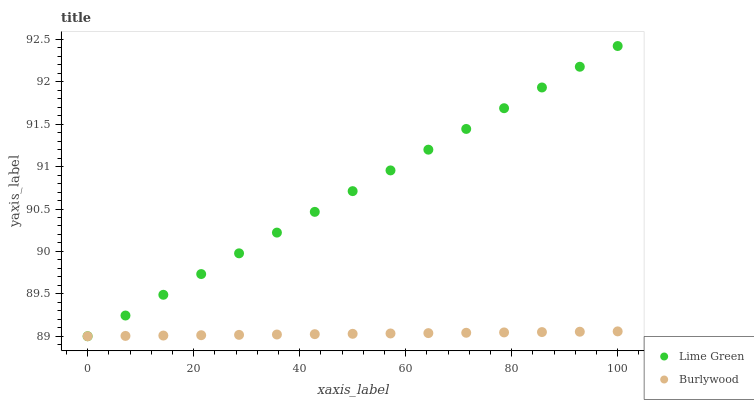
| xaxis_label | Lime Green | Burlywood |
 | --- | --- | --- |
 | 0 | 89 | 89 |
 | 7.14 | 89.2 | 89 |
 | 14.3 | 89.5 | 89 |
 | 21.4 | 89.7 | 89 |
 | 28.6 | 90 | 89 |
 | 35.7 | 90.2 | 89 |
 | 42.9 | 90.5 | 89 |
 | 50 | 90.7 | 89 |
 | 57.1 | 91 | 89 |
 | 64.3 | 91.2 | 89 |
 | 71.4 | 91.4 | 89 |
 | 78.6 | 91.7 | 89 |
 | 85.7 | 91.9 | 89 |
 | 92.9 | 92.2 | 89.1 |
 | 100 | 92.4 | 89.1 |